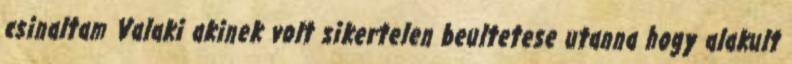
csinaltam Valaki akinek volt sikertelen beultetese utanna hogy alakult